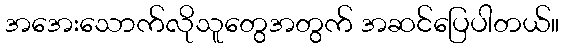
အအေးသောက်လိုသူတွေအတွက် အဆင်ပြေပါတယ်။